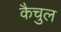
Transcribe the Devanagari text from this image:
कैचुल